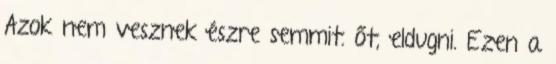
Azok nem vesznek észre semmit. őt, eldugni. Ezen a